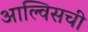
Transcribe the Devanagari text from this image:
आल्विसची